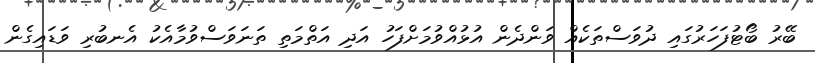
ބޭރު ބޯޓުފަހަރުގައި ދުވަސްތަކެއް ވަންދެން އުޅުއްވުމަށްފަހު އަދި އަތްމަތި ތަނަވަސްވުމާއެކު އެނބުރި ވަޑައިގެން